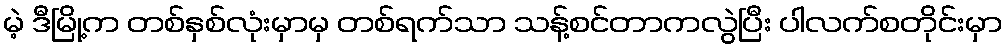
မဲ့ ဒီမြို့က တစ်နှစ်လုံးမှာမှ တစ်ရက်သာ သန့်စင်တာကလွဲပြီး ပါလက်စတိုင်းမှာ